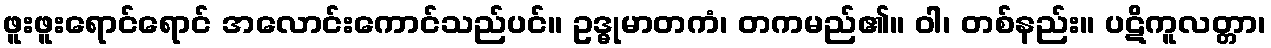
ဖူးဖူးရောင်ရောင် အလောင်းကောင်သည်ပင်။ ဥဒ္ဓုမာတကံ၊ တကမည်၏။ ဝါ၊ တစ်နည်း။ ပဋိကူလတ္တာ၊